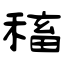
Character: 稸